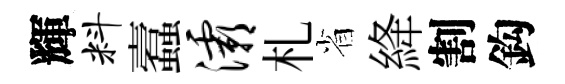
輝料蠧灞札省絳割鈎